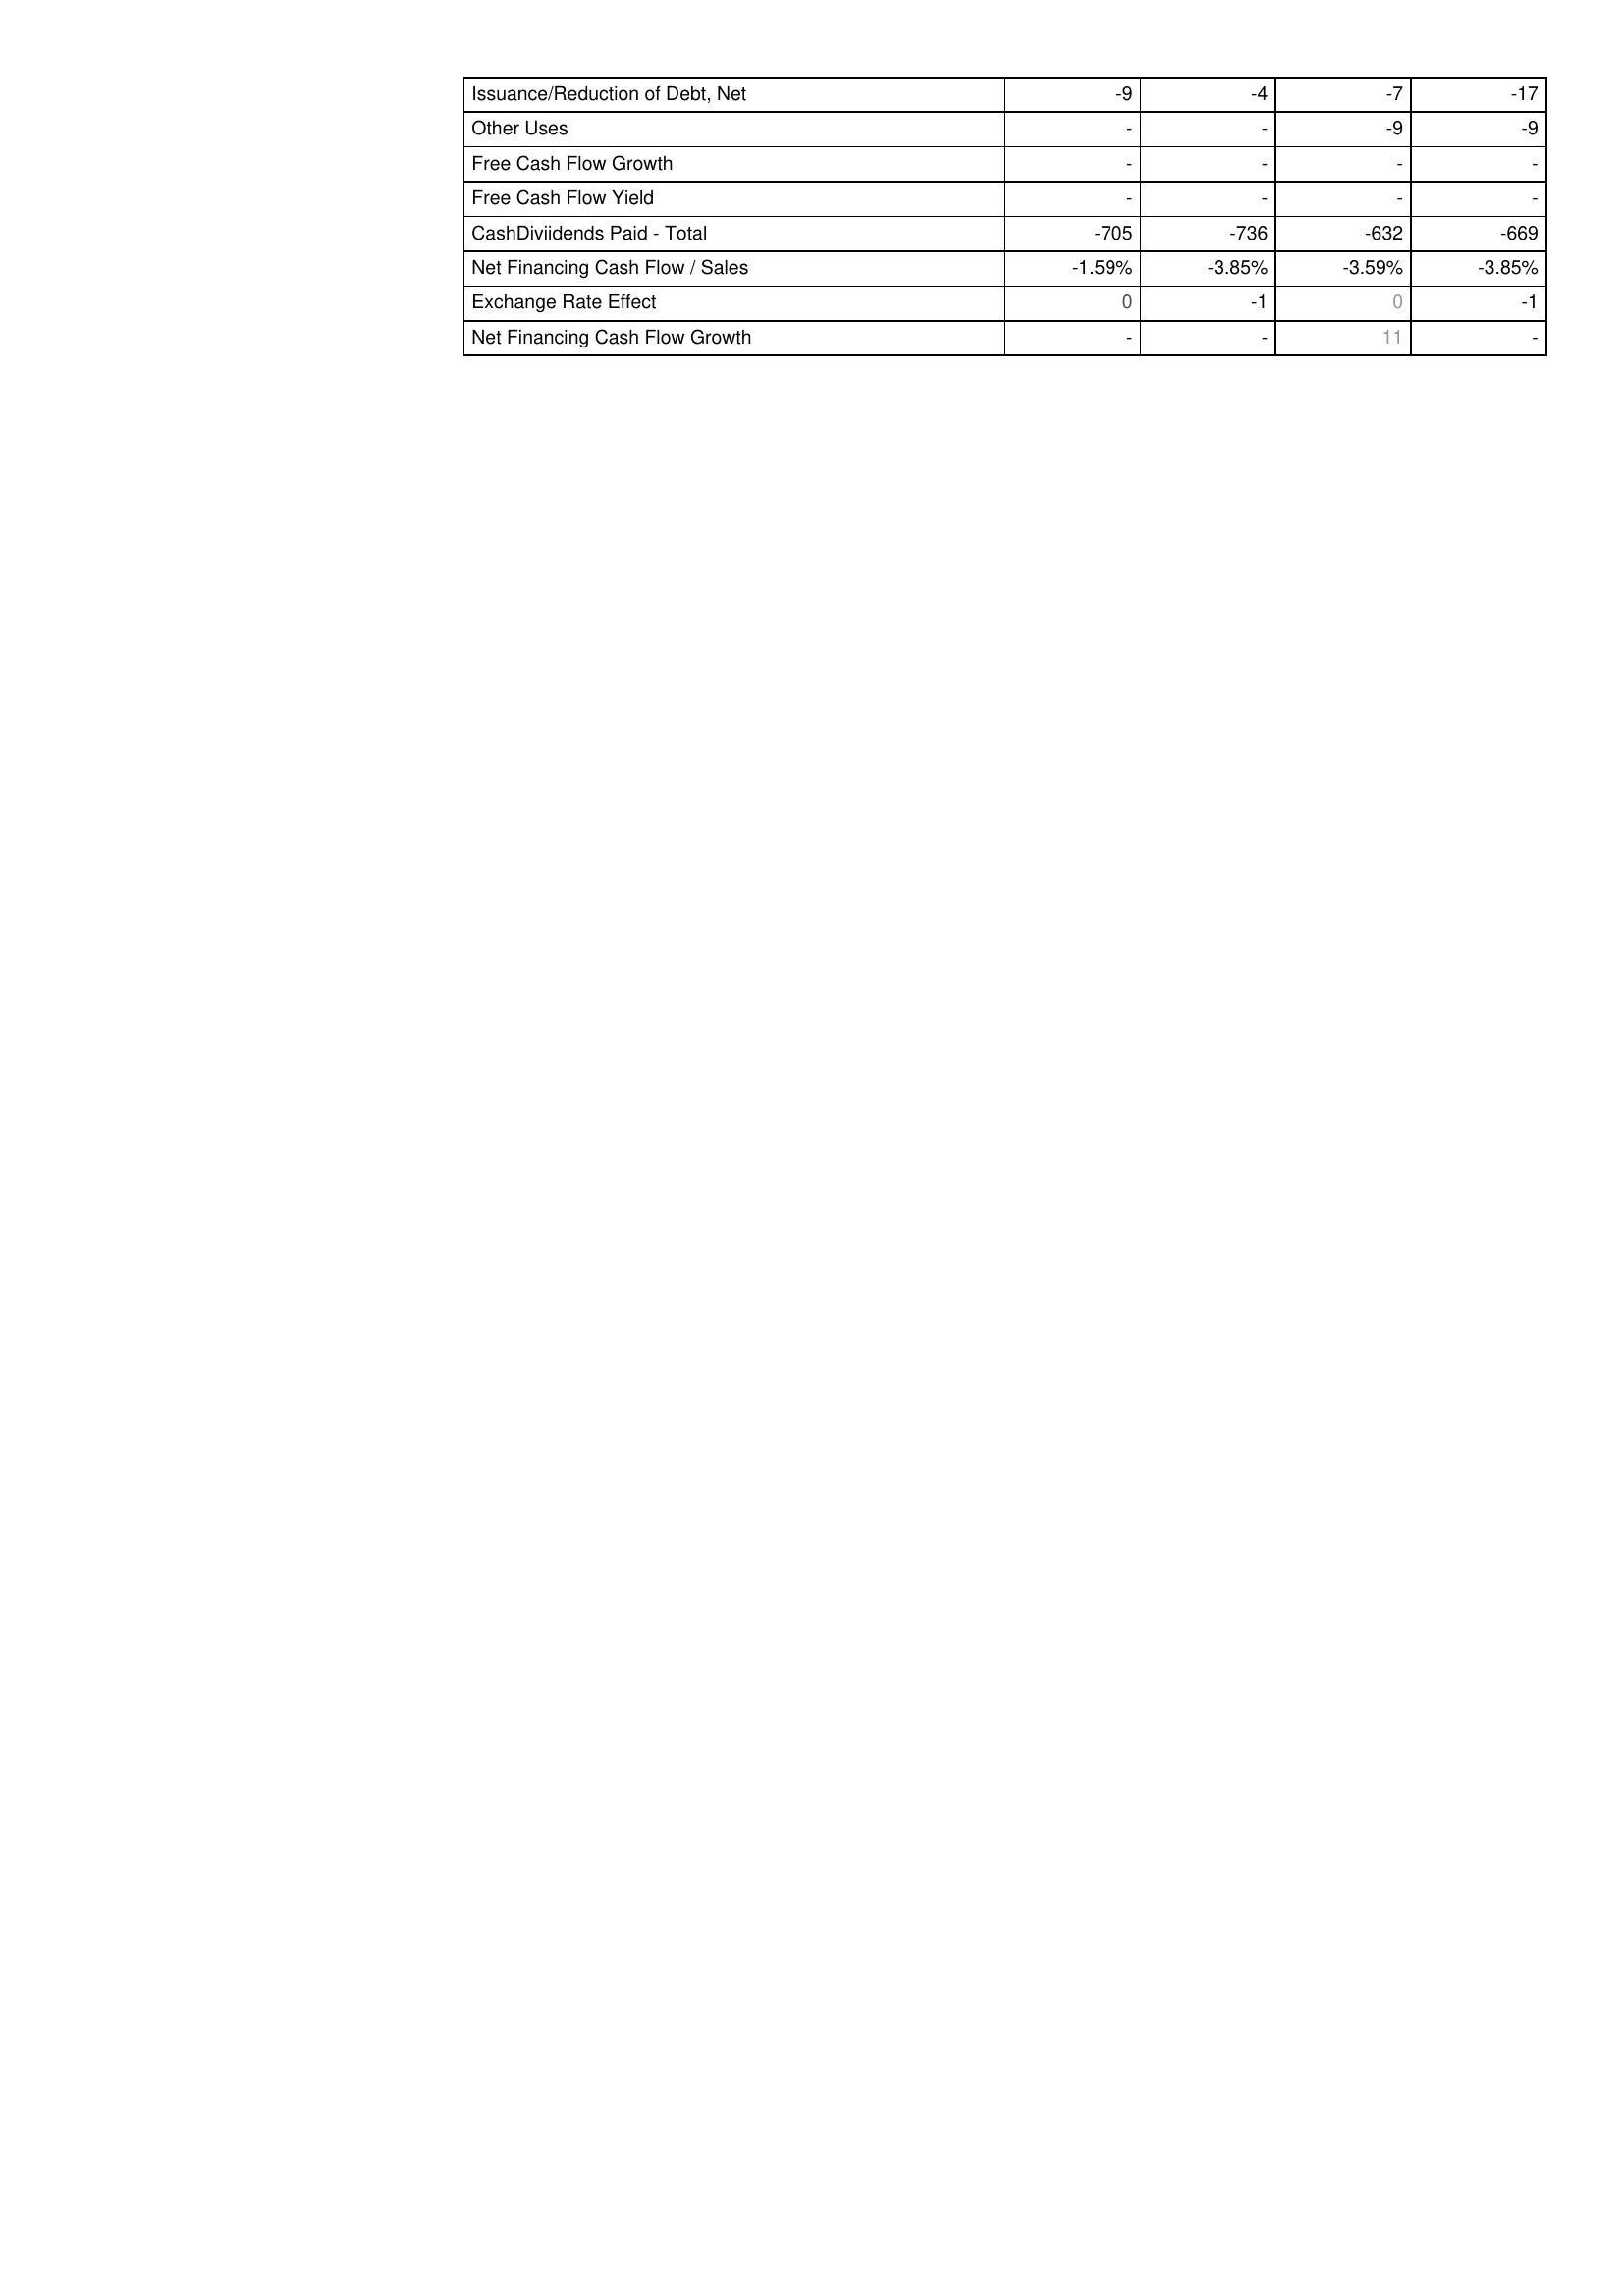
2014: Financing Activities: Issuance/Reduction of Debt, Net: -9
Other Uses: -
Free Cash Flow Growth: -
Free Cash Flow Yield: -
CashDiviidends Paid - Total: -705
Net Financing Cash Flow / Sales: -1.59%
Exchange Rate Effect: 0
Net Financing Cash Flow Growth: -
2013: Financing Activities: Issuance/Reduction of Debt, Net: -4
Other Uses: -
Free Cash Flow Growth: -
Free Cash Flow Yield: -
CashDiviidends Paid - Total: -736
Net Financing Cash Flow / Sales: -3.85%
Exchange Rate Effect: -1
Net Financing Cash Flow Growth: -
2012: Financing Activities: Issuance/Reduction of Debt, Net: -7
Other Uses: -9
Free Cash Flow Growth: -
Free Cash Flow Yield: -
CashDiviidends Paid - Total: -632
Net Financing Cash Flow / Sales: -3.59%
Exchange Rate Effect: 0
Net Financing Cash Flow Growth: 11
2011: Financing Activities: Issuance/Reduction of Debt, Net: -17
Other Uses: -9
Free Cash Flow Growth: -
Free Cash Flow Yield: -
CashDiviidends Paid - Total: -669
Net Financing Cash Flow / Sales: -3.85%
Exchange Rate Effect: -1
Net Financing Cash Flow Growth: -